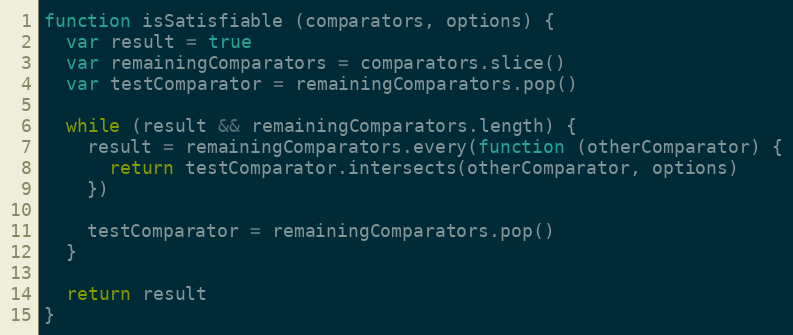
Language: JavaScript
function isSatisfiable (comparators, options) {
  var result = true
  var remainingComparators = comparators.slice()
  var testComparator = remainingComparators.pop()

  while (result && remainingComparators.length) {
    result = remainingComparators.every(function (otherComparator) {
      return testComparator.intersects(otherComparator, options)
    })

    testComparator = remainingComparators.pop()
  }

  return result
}